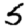
Digit: 5